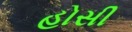
હોસી